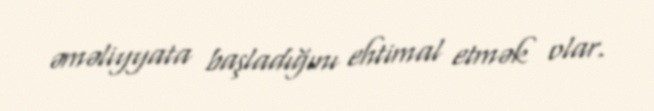
əməliyyata başladığını ehtimal etmək olar.